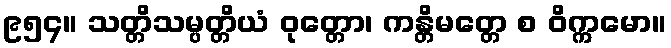
၉၅၄။ သတ္တိသမ္ပတ္တိယံ ဝုတ္တော၊ ကန္တိမတ္တေ စ ဝိက္ကမော။